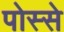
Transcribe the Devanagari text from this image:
पोस्से